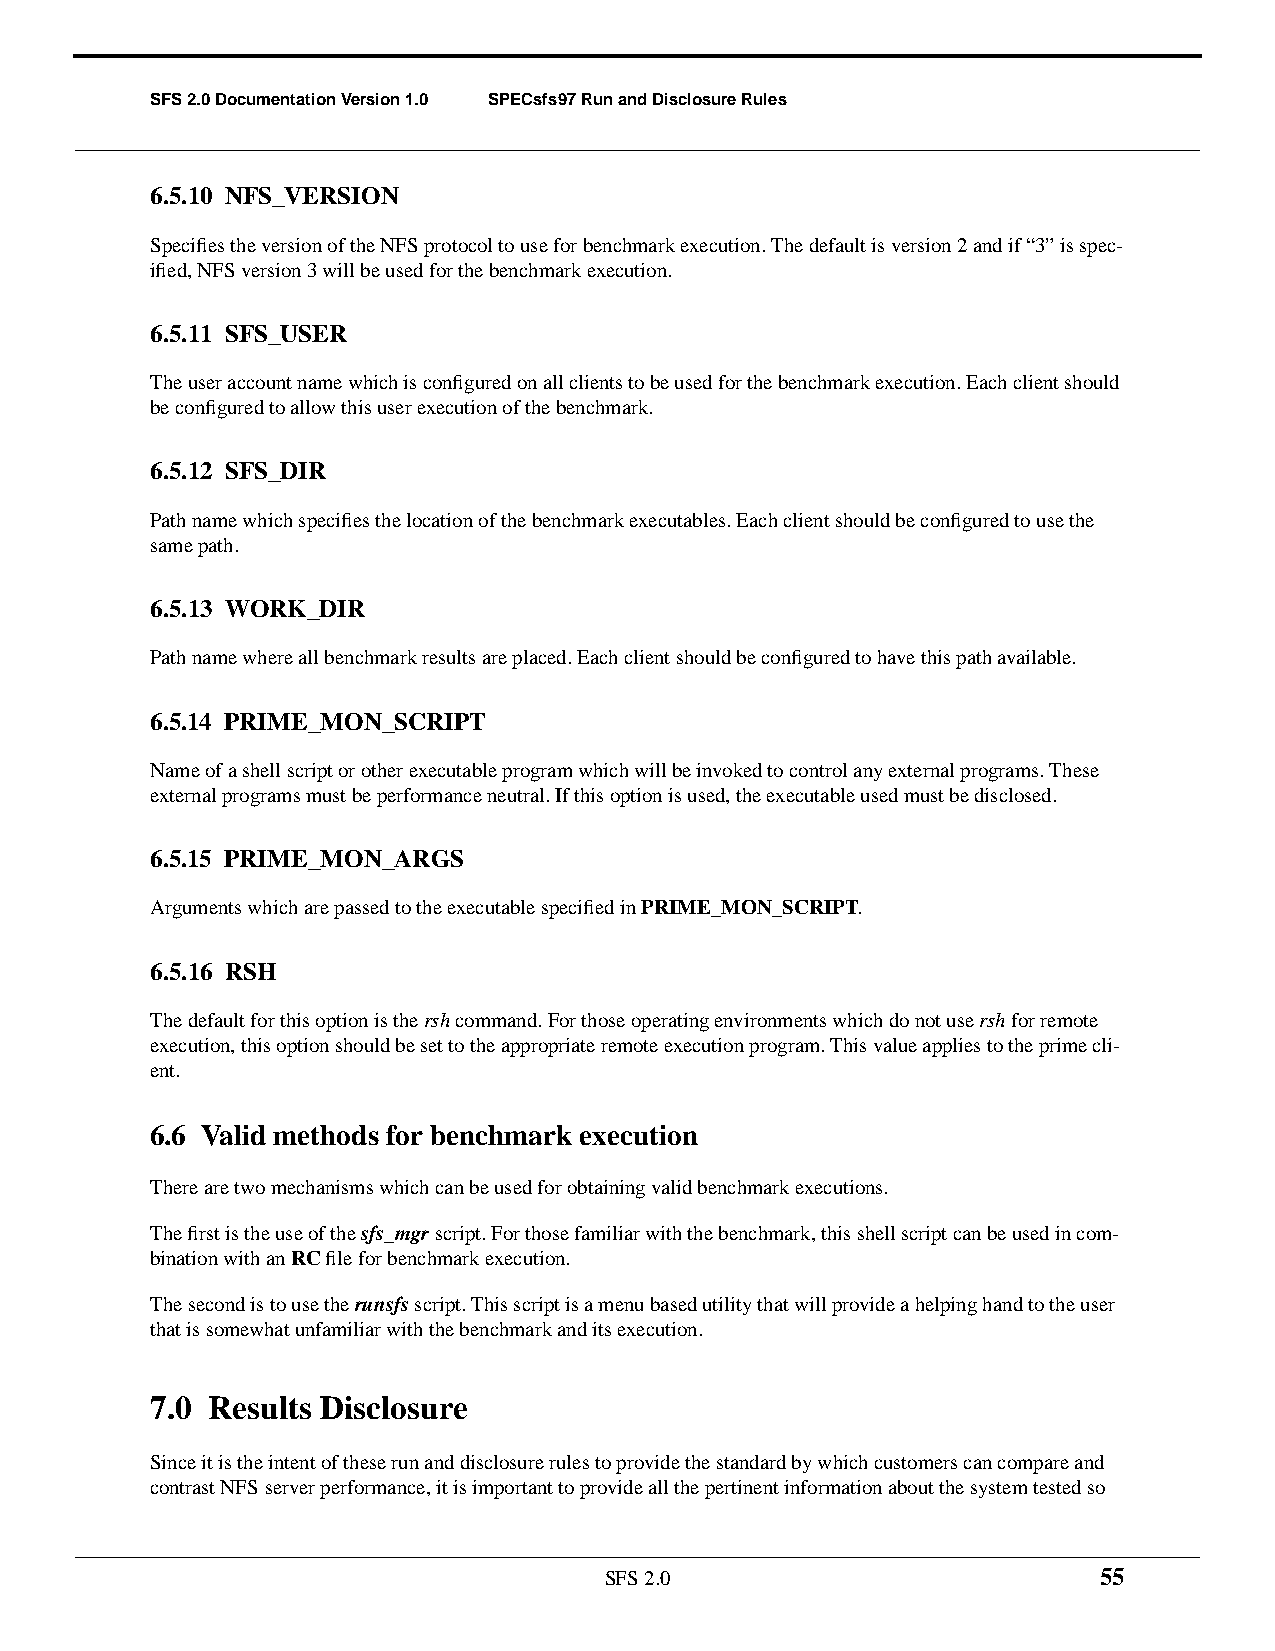
SFS 2.0 Documentation Version 1.0 SPECsfs97 Run and Disclosure Rules
 6.5.10 NFS_VERSION
 Specifies the version of the NFS protocol to use for benchmark execution. The default is version 2 and if “3” is spec-
 ified, NFS version 3 will be used for the benchmark execution.
 6.5.11 SFS_USER
 The user account name which is configured on all clients to be used for the benchmark execution. Each client should
 be configured to allow this user execution of the benchmark.
 6.5.12 SFS_DIR
 Path name which specifies the location of the benchmark executables. Each client should be configured to use the
 same path.
 6.5.13 WORK_DIR
 Path name where all benchmark results are placed. Each client should be configured to have this path available.
 6.5.14 PRIME_MON_SCRIPT
 Name of a shell script or other executable program which will be invoked to control any external programs. These
 external programs must be performance neutral. If this option is used, the executable used must be disclosed.
 6.5.15 PRIME_MON_ARGS
 Arguments which are passed to the executable specified inPRIME_MON_SCRIPT.
 6.5.16 RSH
 The default for this option is thersh command. For those operating environments which do not usersh for remote
 execution, this option should be set to the appropriate remote execution program. This value applies to the prime cli-
 ent.
 6.6 Valid methods for benchmark execution
 There are two mechanisms which can be used for obtaining valid benchmark executions.
 The first is the use of thesfs_mgr script. For those familiar with the benchmark, this shell script can be used in com-
 bination with anRC file for benchmark execution.
 The second is to use therunsfs script. This script is a menu based utility that will provide a helping hand to the user
 that is somewhat unfamiliar with the benchmark and its execution.
 7.0 Results Disclosure
 Since it is the intent of these run and disclosure rules to provide the standard by which customers can compare and
 contrast NFS server performance, it is important to provide all the pertinent information about the system tested so
 SFS 2.0                          55